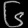
Digit: ၆